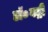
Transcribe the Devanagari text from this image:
डॉ०बद्री